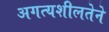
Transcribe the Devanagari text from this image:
अगत्यशीलतेने